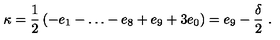
\kappa = \frac { 1 } { 2 } \left( - e _ { 1 } - \dots - e _ { 8 } + e _ { 9 } + 3 e _ { 0 } \right) = e _ { 9 } - \frac { \delta } { 2 } \ .